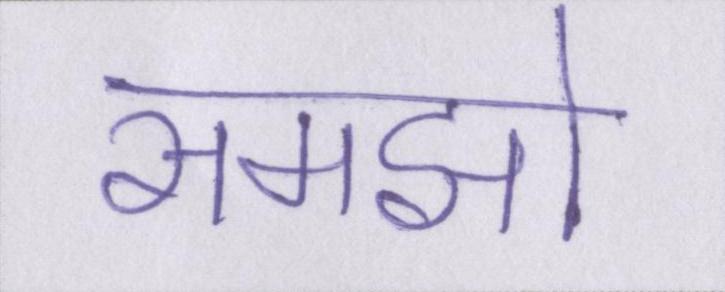
समझो